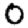
Digit: 0